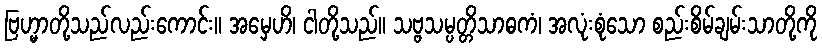
ဗြဟ္မာတို့သည်လည်းကောင်း။ အမှေဟိ၊ ငါတို့သည်။ သဗ္ဗသမ္ပတ္တိသာဓကံ၊ အလုံးစုံသော စည်းစိမ်ချမ်းသာတို့ကို